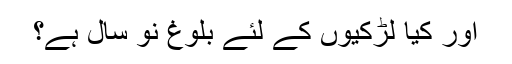
اور کیا لڑکیوں کے لئے بلوغ نو سال ہے؟